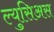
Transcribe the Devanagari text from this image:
ल्युसिअस